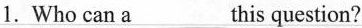
1.Who can a___this question?